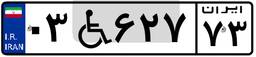
۰۳W۶۲۷۷۳